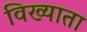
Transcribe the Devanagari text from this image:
विख्याता